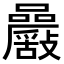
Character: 𡅾